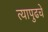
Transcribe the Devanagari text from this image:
त्यापुढचे